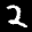
Label: 2